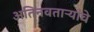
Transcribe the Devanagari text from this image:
अतिनवताऱ्यांचे